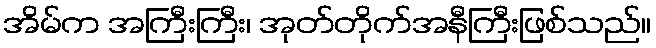
အိမ်က အကြီးကြီး၊ အုတ်တိုက်အနီကြီးဖြစ်သည်။